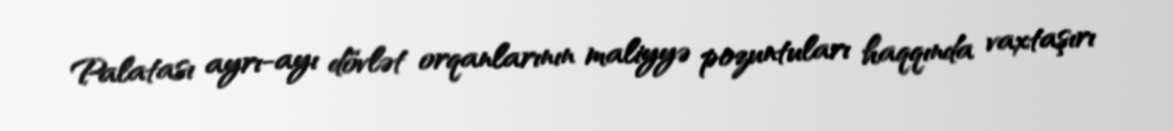
Palatası ayrı-ayı dövlət orqanlarının maliyyə pozuntuları haqqında vaxtaşırı